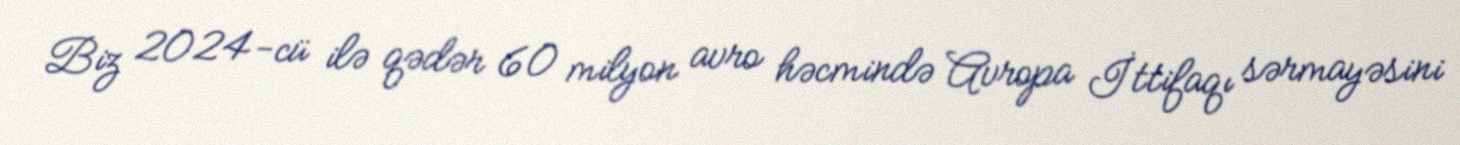
Biz 2024-cü ilə qədər 60 milyon avro həcmində Avropa İttifaqı sərmayəsini